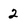
Character: 2